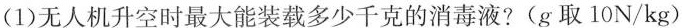
(1)无人机升空时最大能装载多少千克的消毒液?(g取10N/kg)